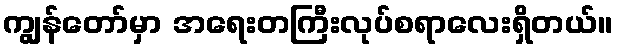
ကျွန်တော်မှာ အရေးတကြီးလုပ်စရာလေးရှိတယ်။